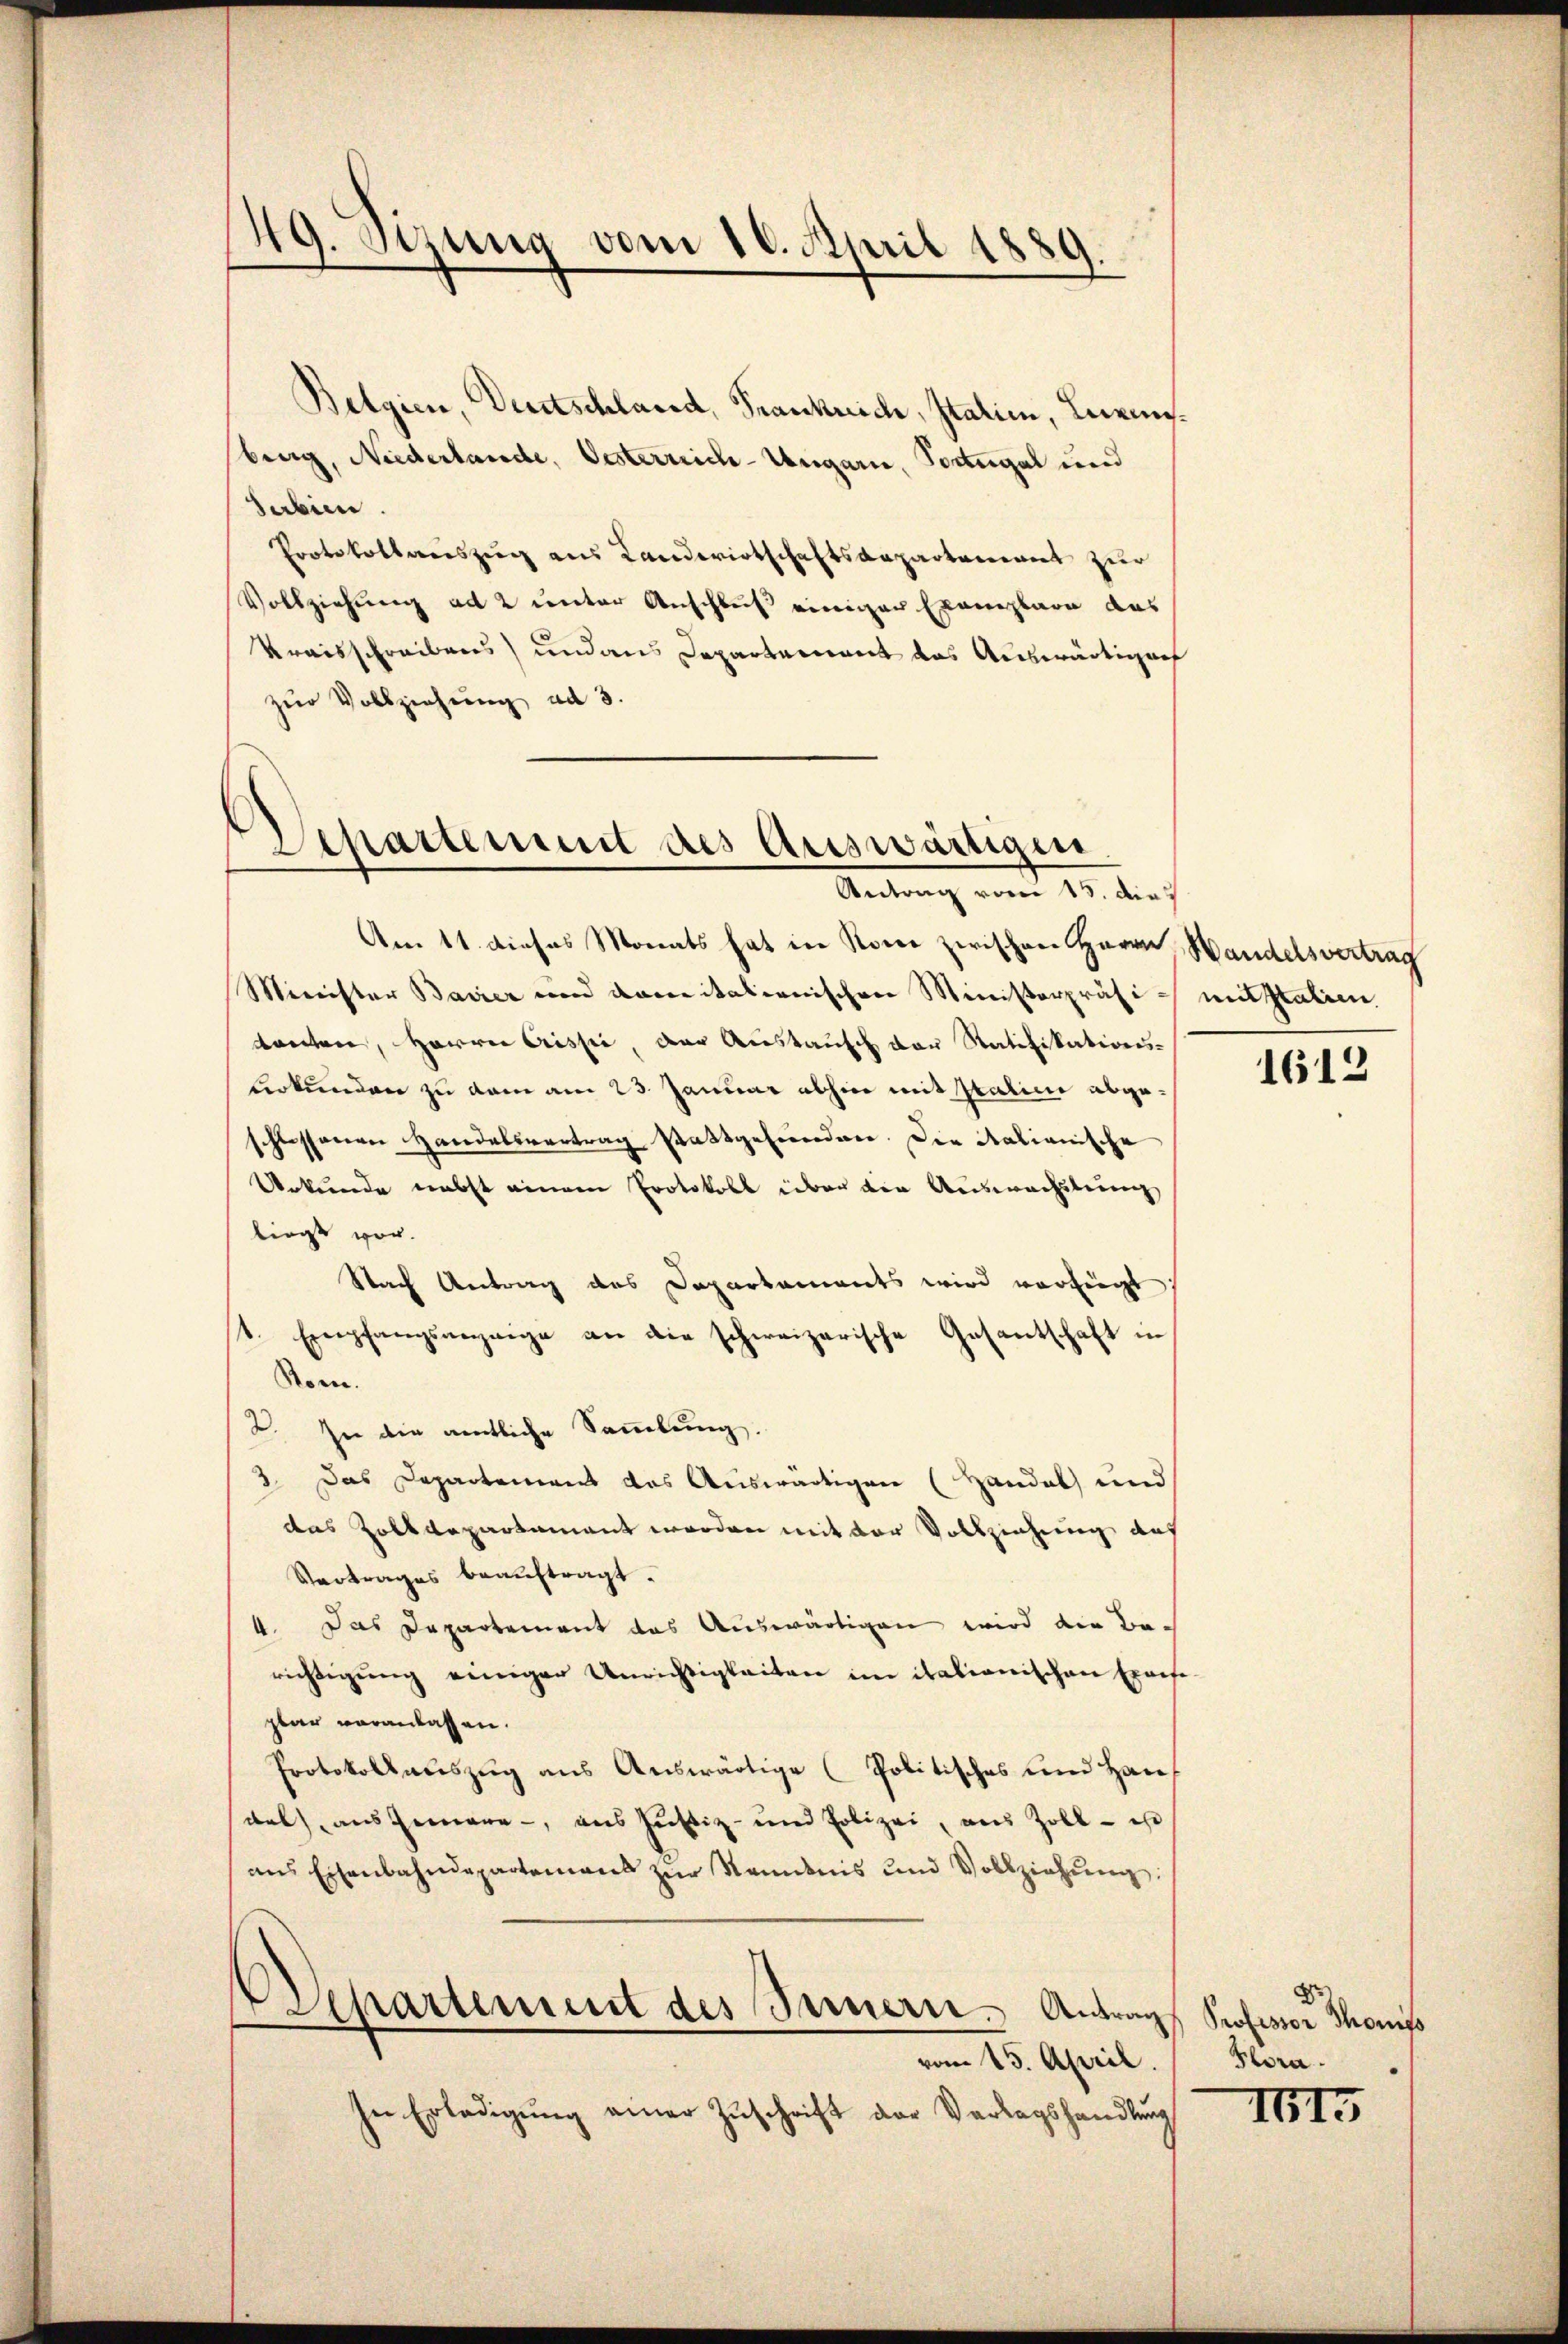
49. Sizung vom 16. April 1889.

Belgien, Deutschland, Frankrich, Italien, Luxensburg, Niederlande, Oesterreich-Ungarn, Portugal und
Sabien.
Protokollauszug aus Landwirtschaftsdepartement zur
Vollziehung ad 2 unter Anschluß einiger Exemplare das
Kraisschreibens und aus Departement das Auswärtigen
zur Vollziehung ad 3.

Departement des Auswärtigen.
Antrag vom 15. die

Am 11. dieses Monats hat in Rone zwischen Herrn Handelsvertrag
Minister Bavier und damitalienischen Ministerpräsi-mitstatien,
danten, Herren Arisse, der Austausch der Ratifikations¬
Lerkunden zu dem am 23. Januar abhin mit Italice abgeschlossenen Handelsvertrag stattgeferenden. Die Stationische
Urkunde nebst einem Protokoll über den Auswechslung
liegt vor.
Nach Antrag des Departaments wird verfügt
st. Empfangsanzeige an die schweizerische Gesantschaft in
Rom.
2. In die amtliche Sammlung.
3. Das Departement das Auswärtigen (Handel und
das Zolldepartament worden mit der Vollziehung auf
Vertrages beauftragt.
4. Das Departement das Auswärtigen wird die Berichtigung einiger Unrichtigkeiten im italionischen Exaese-
plar voranlassen.
Protokoll aŭszŭg ans Auswärtige (Politisches und Han
dal) ausgemere, aus Justiz- und Polizei, aus Zoll - ist
ans Eisenbahndepartemens zŭr Kenntnis und Vollziehŭng.
Departement des Sammern. Antrag Professor Thonis
vom 15. April.
In Erledigŭng einer Zŭschrift der Verlagshandlung

1612

B
Hlora.
III5